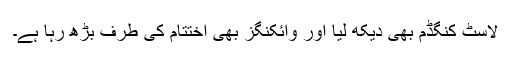
لاسٹ کنگڈم بھی دیکھ لیا اور وائکنگز بھی اختتام کی طرف بڑھ رہا ہے۔